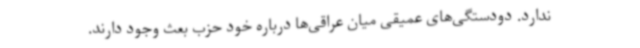
ندارد. دودستگی‌های عمیقی میان عراقی‌ها درباره خود حزب بعث وجود دارند.